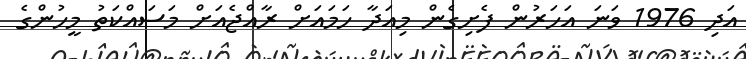
އަދި 1976 ވަނަ އަހަރުން ފެށިގެން މިއަދާ ހަމައަށް ރާއްޖެއަށް މަސައްކަތު މީހުންގެ